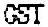
GST